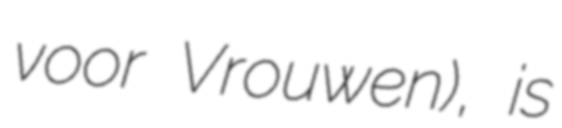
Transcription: voor Vrouwen), is